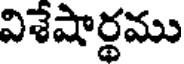
విశేషార్థము